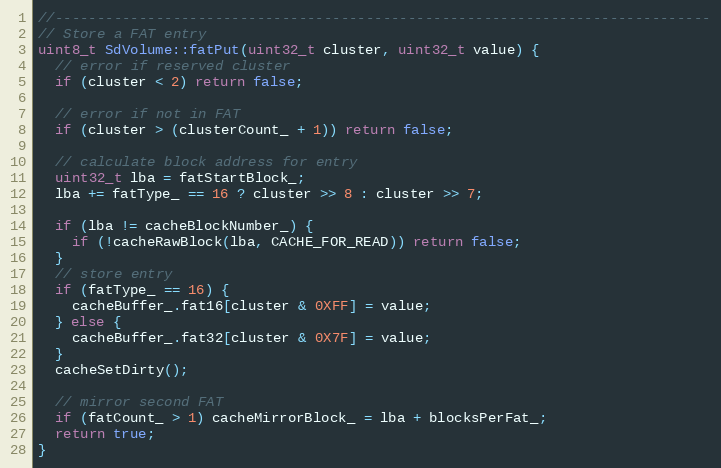
Language: C++
//------------------------------------------------------------------------------
// Store a FAT entry
uint8_t SdVolume::fatPut(uint32_t cluster, uint32_t value) {
  // error if reserved cluster
  if (cluster < 2) return false;

  // error if not in FAT
  if (cluster > (clusterCount_ + 1)) return false;

  // calculate block address for entry
  uint32_t lba = fatStartBlock_;
  lba += fatType_ == 16 ? cluster >> 8 : cluster >> 7;

  if (lba != cacheBlockNumber_) {
    if (!cacheRawBlock(lba, CACHE_FOR_READ)) return false;
  }
  // store entry
  if (fatType_ == 16) {
    cacheBuffer_.fat16[cluster & 0XFF] = value;
  } else {
    cacheBuffer_.fat32[cluster & 0X7F] = value;
  }
  cacheSetDirty();

  // mirror second FAT
  if (fatCount_ > 1) cacheMirrorBlock_ = lba + blocksPerFat_;
  return true;
}